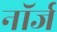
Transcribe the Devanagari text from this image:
नॉर्ज